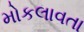
મોકલાવતા